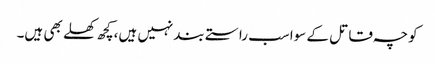
کوچہ قاتل کے سواسب راستے بندنہیں ہیں،کچھ کھلے بھی ہیں۔